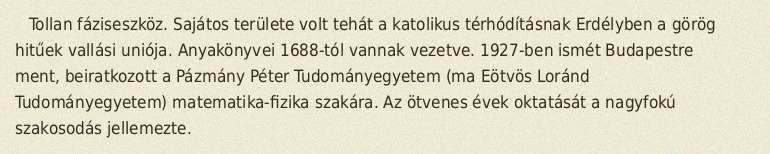
Tollan fáziseszköz. Sajátos területe volt tehát a katolikus térhódításnak Erdélyben a görög hitűek vallási uniója. Anyakönyvei 1688-tól vannak vezetve. 1927-ben ismét Budapestre ment, beiratkozott a Pázmány Péter Tudományegyetem (ma Eötvös Loránd Tudományegyetem) matematika-fizika szakára. Az ötvenes évek oktatását a nagyfokú szakosodás jellemezte.